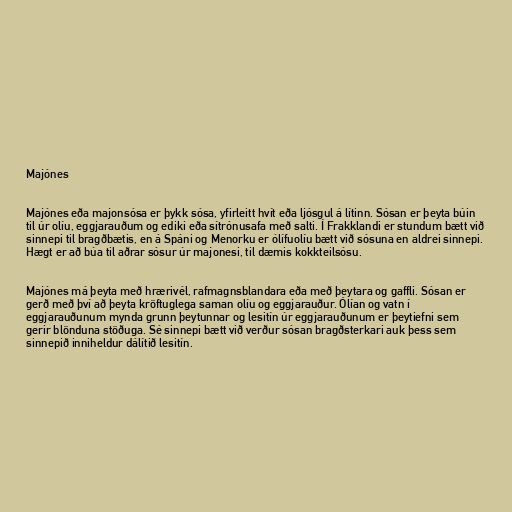
Majónes

Majónes eða majonsósa er þykk sósa, yfirleitt hvít eða ljósgul á lítinn. Sósan er þeyta búin
til úr olíu, eggjarauðum og ediki eða sítrónusafa með salti. Í Frakklandi er stundum bætt við
sinnepi til bragðbætis, en á Spáni og Menorku er ólífuolíu bætt við sósuna en aldrei sinnepi.
Hægt er að búa til aðrar sósur úr majonesi, til dæmis kokkteilsósu.

Majónes má þeyta með hrærivél, rafmagnsblandara eða með þeytara og gaffli. Sósan er
gerð með því að þeyta kröftuglega saman olíu og eggjarauður. Ólían og vatn í
eggjarauðunum mynda grunn þeytunnar og lesitín úr eggjarauðunum er þeytiefni sem
gerir blönduna stöðuga. Sé sinnepi bætt við verður sósan bragðsterkari auk þess sem
sinnepið inniheldur dálítið lesitín.